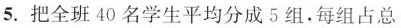
5.把全班40名学生平均分成5组，每组占总